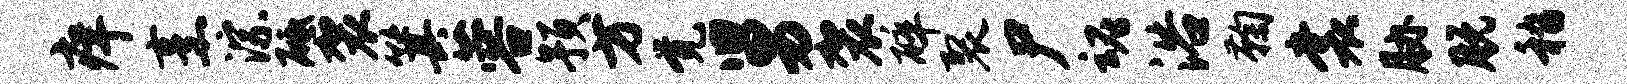
痒烹淙砥袈箕蓉预方觉舅袈碎裂尸魂浴鞠裳胁脱嵇